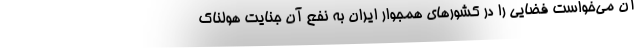
آن می‌خواست فضایی را در کشورهای همجوار ایران به نفع آن جنایت هولناک